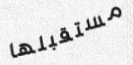
مستقبلها